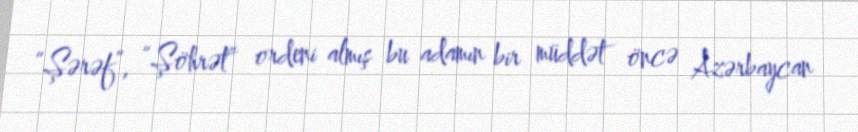
“Şərəf”, “Şöhrət” ordeni almış bu adamın bir müddət öncə Azərbaycan